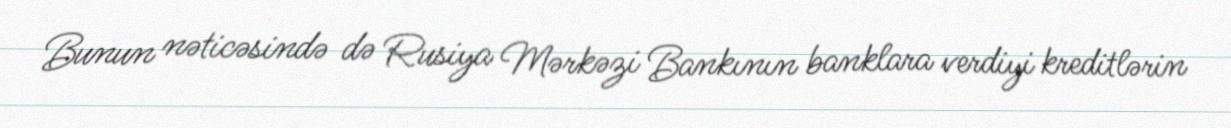
Bunun nəticəsində də Rusiya Mərkəzi Bankının banklara verdiyi kreditlərin